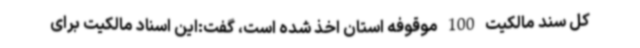
کل سند مالکیت 100 موقوفه استان اخذ شده است، گفت:این اسناد مالکیت برای